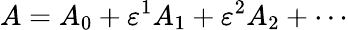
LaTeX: A=A_{0}+\varepsilon^{1}A_{1}+\varepsilon^{2}A_{2}+\cdots